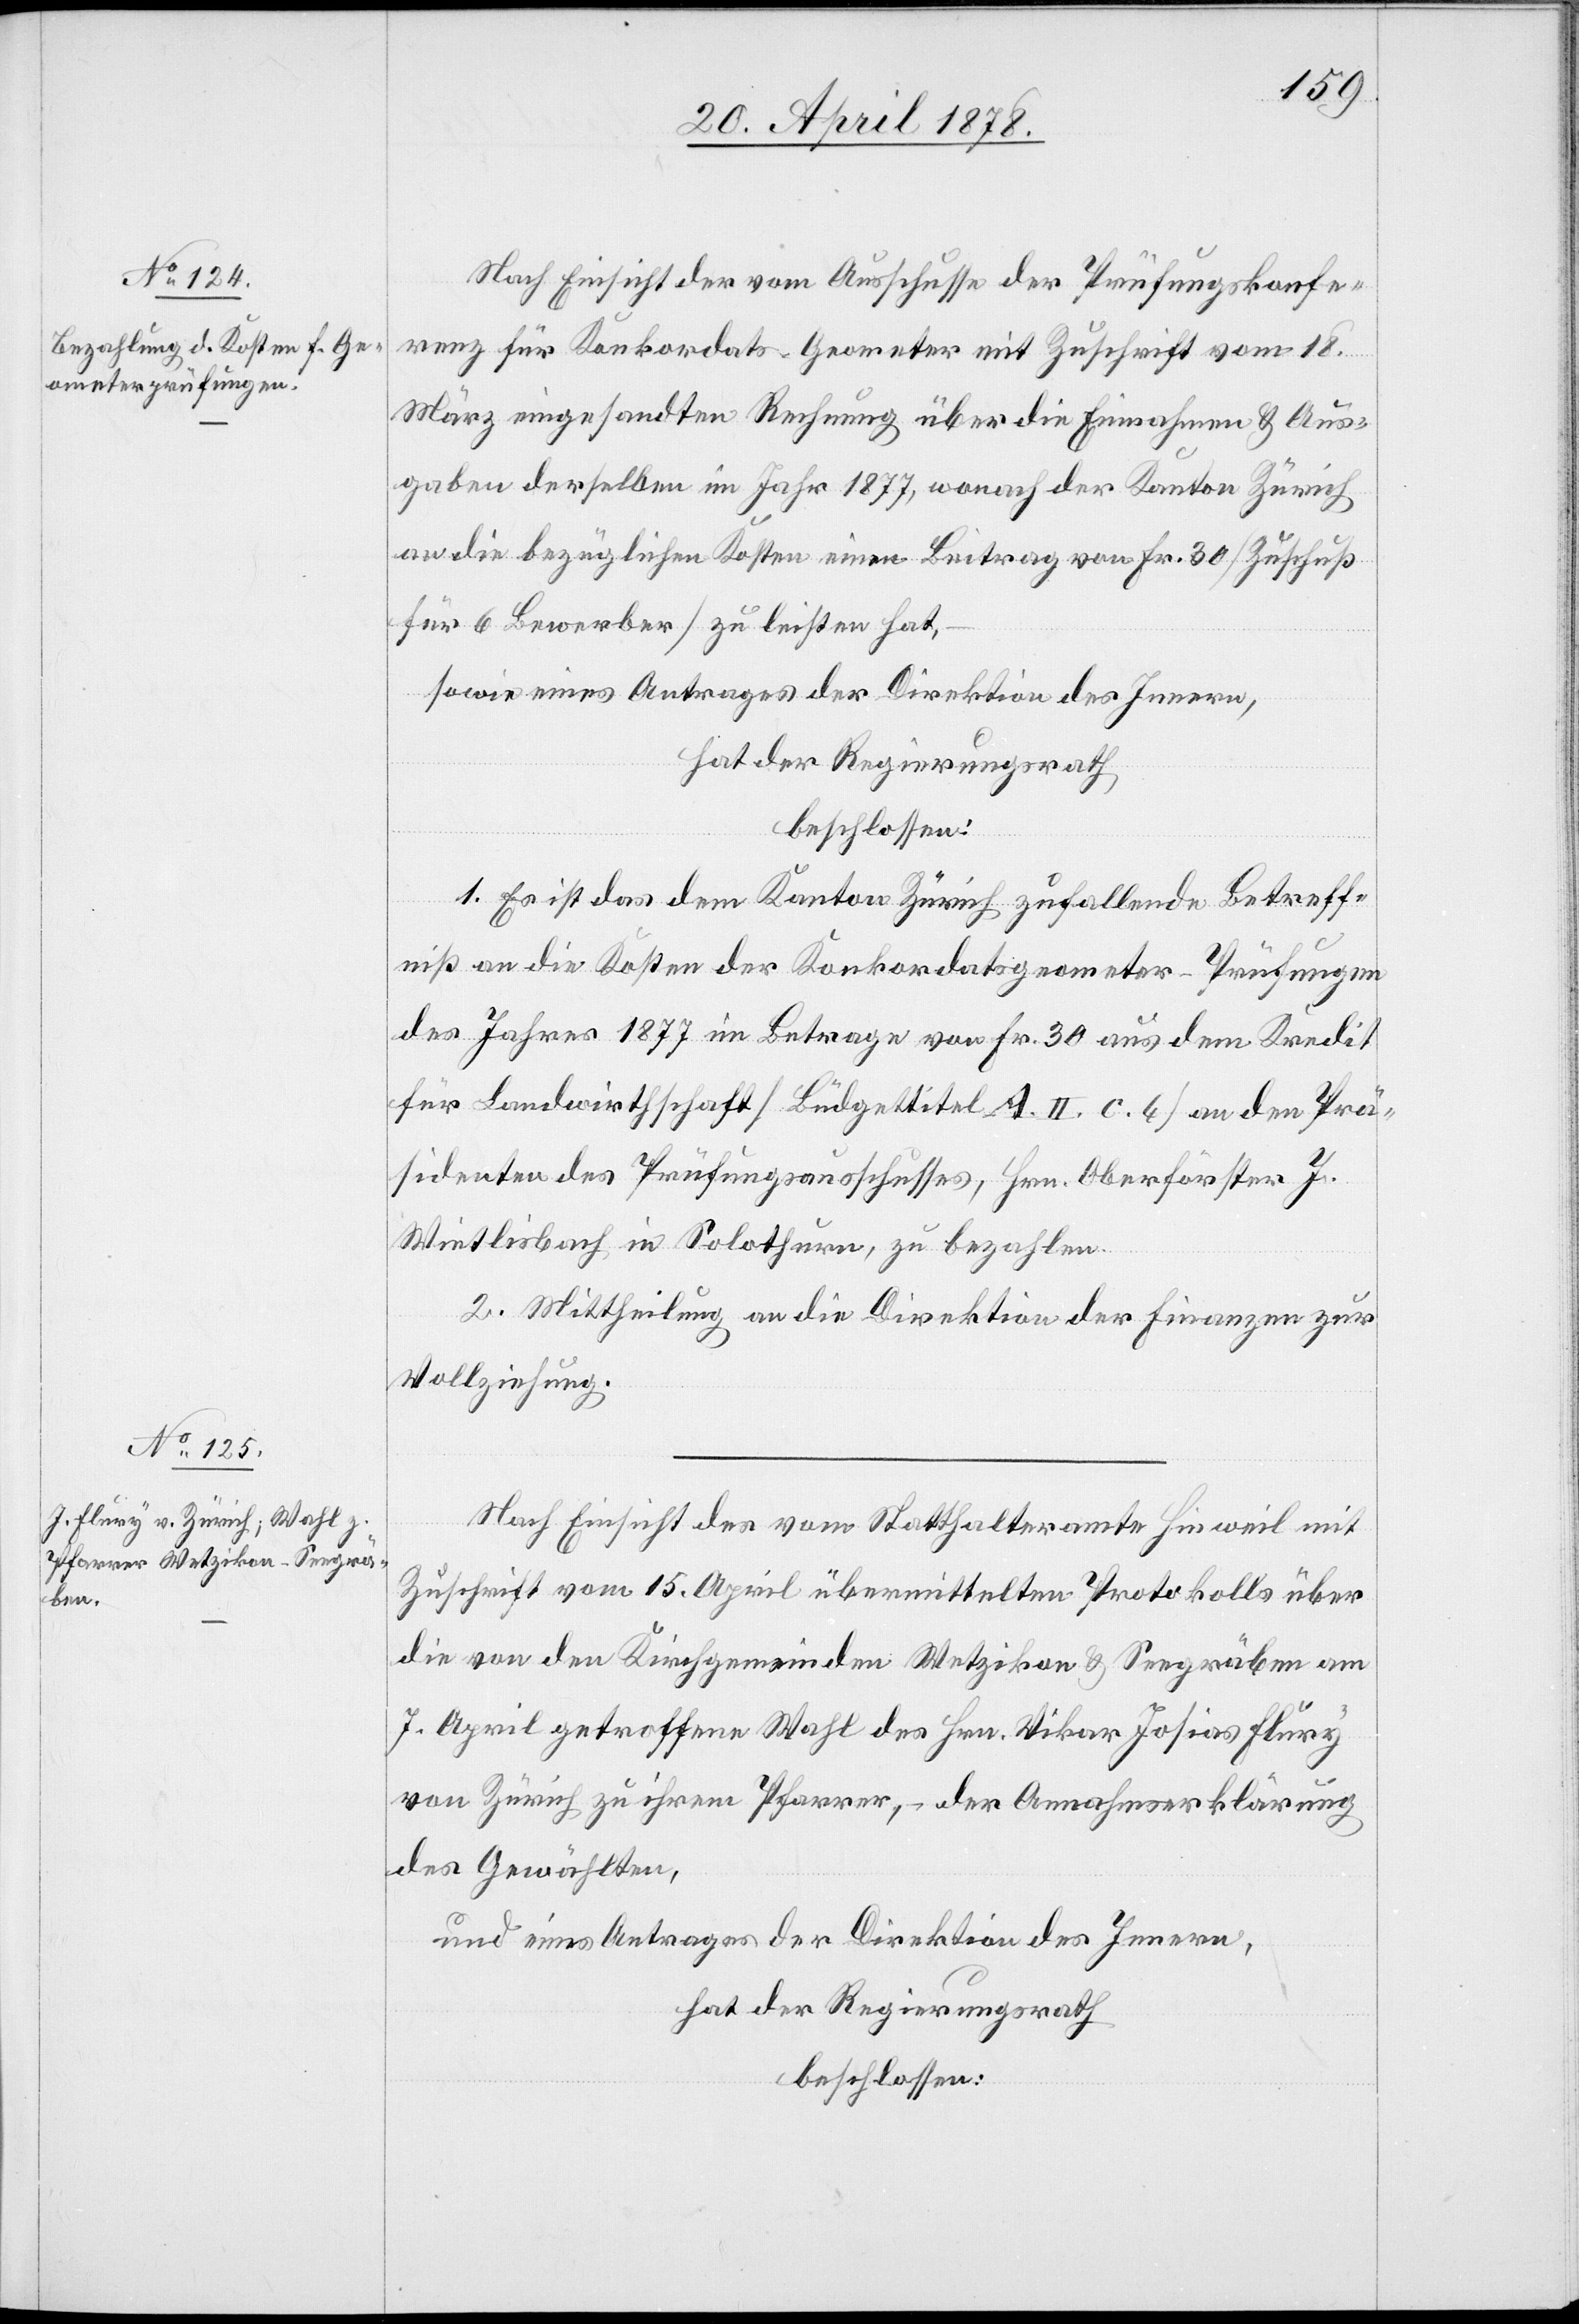
Nach Einsicht der vom Ausschusse der Prüfungskonfe¬
renz für Konkordats-Geometer mit Zuschrift vom 18.
März eingesandten Rechnung über die Einnahmen & Aus¬
gaben derselben im Jahr 1877, wonach der Kanton Zürich
an die bezüglichen Kosten einen Beitrag von Fr. 30 (Zuschuß
für 6 Bewerber) zu leisten hat,
sowie eines Antrages der Direktion des Innern,
hat der Regierungsrath
beschlossen:
1. Es ist das dem Kanton Zürich zufallende Betreff¬
niß an die Kosten der Konkordatsgeometer-Prüfungen
des Jahres 1877 im Betrage von Fr. 30 aus dem Kredit
für Landwirtschaft (Büdgettitel A. II. c. 6) an den Prä¬
sidenten des Prüfungsausschusses, Hrn. Oberförster J.
Wietlisbach in Solothurn, zu bezahlen.
2. Mittheilung an die Direktion der Finanzen zur
Vollziehung.
Nach Einsicht des vom Statthalteramte Hinweil mit
Zuschrift vom 15. April übermittelten Protokolls über
die von den Kirchgemeinden Wetzikon & Seegräben am
7. April getroffenen Wahl des Hrn. Vikar Josias Flury
von Zürich zu ihrem Pfarrer, – der Annahmeerklärung
des Gewählten,
und eines Antrages der Direktion des Innern,
hat der Regierungsrath
beschlossen: